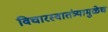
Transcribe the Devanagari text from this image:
विचारस्वातंत्र्यामुळेच